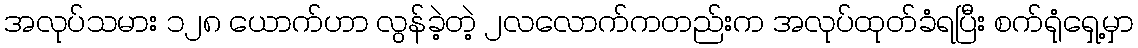
အလုပ်သမား ၁၂၈ ယောက်ဟာ လွန်ခဲ့တဲ့ ၂လလောက်ကတည်းက အလုပ်ထုတ်ခံရပြီး စက်ရုံရှေ့မှာ